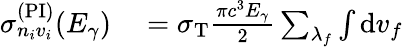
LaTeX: \begin{array}{rl}{\sigma_{n_{i}v_{i}}^{(\mathrm{PI})}(E_{\gamma})}&{{}=\sigma_{\mathrm{T}}\frac{\pi c^{3}E_{\gamma}}{2}\sum_{\lambda_{f}}\int\mathrm{d}v_{f}}\end{array}